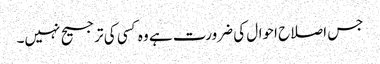
جس اصلاح احوال کی ضرورت ہے وہ کسی کی ترجیح نہیں۔